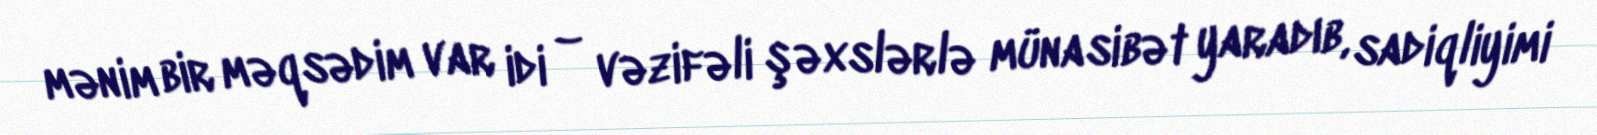
mənim bir məqsədim var idi – vəzifəli şəxslərlə münasibət yaradıb, sadiqliyimi